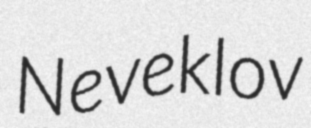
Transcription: Neveklov